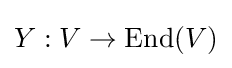
Y:V\rightarrow \operatorname {End} (V)